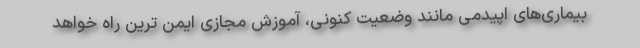
بیماری‌های اپیدمی مانند وضعیت کنونی، آموزش مجازی ایمن ترین راه خواهد